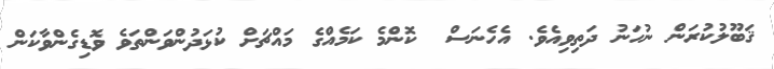
ޤަބޫލުކުރަން ނުހަނު ދަތިވިއެވެ. އެހެނަސް  ކޮންމެ ކަމެއްގެ މައްޗަށް ކުޅަދުންވަންތަވެ ވޮޑިގެންވާކަން